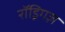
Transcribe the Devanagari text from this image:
रॉड्रिगज़